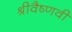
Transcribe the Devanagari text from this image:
श्रीवैष्णवी